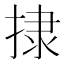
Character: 捸